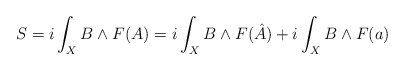
\begin{align*}S=i\int_{X}B\wedge{}F(A)=i\int_{X}B\wedge{}F(\hat{A})+i\int_{X}B\wedge{}F(a)\end{align*}